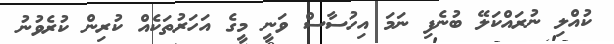
ކުއްލި ނުރައްކަލޭ ބުނެފި ނަމަ އިހުސާސް ވަނީ މީގެ އަހަރުތަކެއް ކުރިން ކުރެވުނު